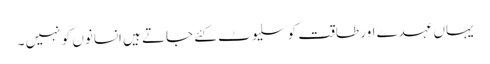
یہاں عہدے اور طاقت کو سلیوٹ کئے جاتے ہیں انسانوں کو نہیں ۔